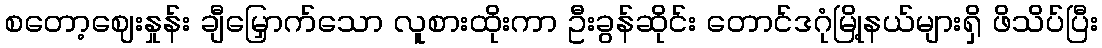
စတော့ဈေးနှုန်း ချီမြှောက်သော လူစားထိုးကာ ဦးခွန်ဆိုင်း တောင်ဒဂုံမြို့နယ်များရှိ ဖိသိပ်ပြီး